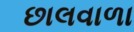
છાલવાળા